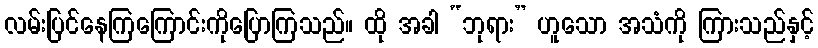
လမ်းပြင်နေကြကြောင်းကိုပြောကြသည်။ ထို အခါ “ဘုရား” ဟူသော အသံကို ကြားသည်နှင့်